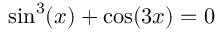
\sin ^ { 3 } ( x ) + \cos ( 3 x ) = 0